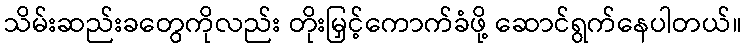
သိမ်းဆည်းခတွေကိုလည်း တိုးမြှင့်ကောက်ခံဖို့ ဆောင်ရွက်နေပါတယ်။